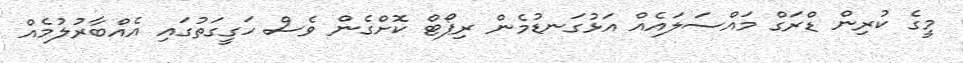
މީގެ ކުރިން ޑްރަގް މައްސަލައެއް އަޅުގަނޑުމެން ރިޕޯޓް ކޮށްގެން ވެސް ހަގީގަތުގައި އެއްބާރުލުމެއް